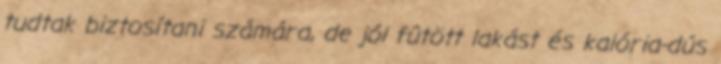
tudtak biztosítani számára, de jól fûtött lakást és kalória-dús